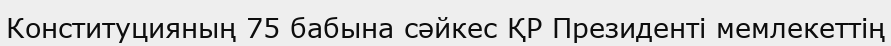
Конституцияның 75 бабына сәйкес ҚР Президенті мемлекеттің